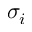
\sigma _ { i }